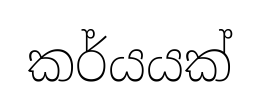
කර්යයක්